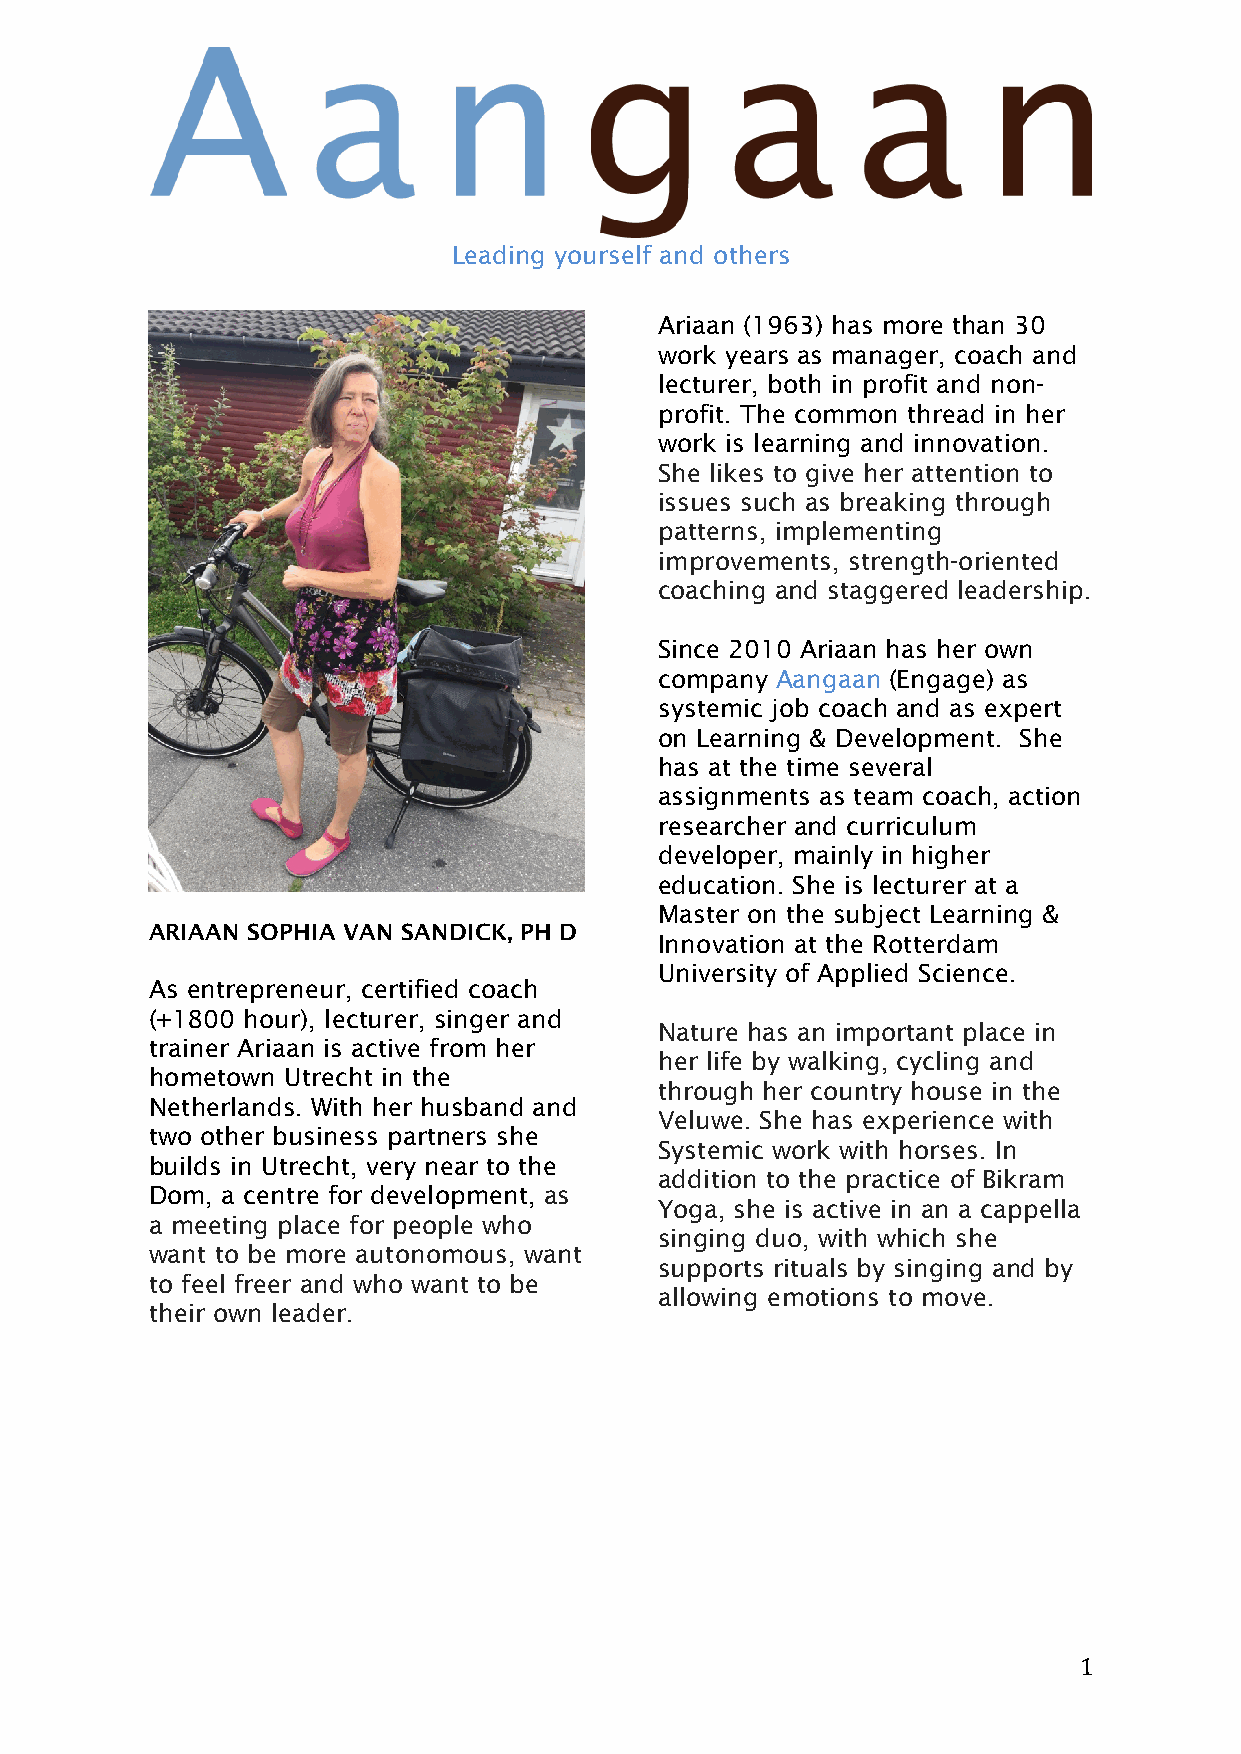
Leading yourself and others
 Ariaan (1963) has more than 30
 work years as manager, coach and
 lecturer, both in profit and non-
 profit. The common thread in her
 work is learning and innovation.
 She likes to give her attention to
 issues such as breaking through
 patterns, implementing
 improvements, strength-oriented
 coaching and staggered leadership.
 Since 2010 Ariaan has her own
 company Aangaan (Engage) as
 systemic job coach and as expert
 on Learning & Development. She
 has at the time several
 assignments as team coach, action
 researcher and curriculum
 developer, mainly in higher
 education. She is lecturer at a
 Master on the subject Learning &
 ARIAAN SOPHIA VAN SANDICK, PH D
 Innovation at the Rotterdam
 University of Applied Science.
 As entrepreneur, certified coach
 (+1800 hour), lecturer, singer and
 Nature has an important place in
 trainer Ariaan is active from her
 her life by walking, cycling and
 hometown Utrecht in the
 through her country house in the
 Netherlands. With her husband and
 Veluwe. She has experience with
 two other business partners she
 Systemic work with horses. In
 builds in Utrecht, very near to the
 addition to the practice of Bikram
 Dom, a centre for development, as
 Yoga, she is active in an a cappella
 a meeting place for people who
 singing duo, with which she
 want to be more autonomous, want
 supports rituals by singing and by
 to feel freer and who want to be
 allowing emotions to move.
 their own leader.
 1